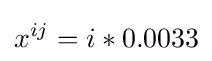
x^{ij}=i*0.0033